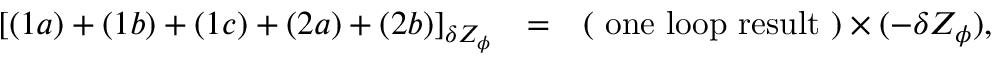
\begin{array} { r c l } { { [ ( 1 a ) + ( 1 b ) + ( 1 c ) + ( 2 a ) + ( 2 b ) ] _ { \delta Z _ { \phi } } } } & { { = } } & { { \displaystyle ( \mathrm { ~ o n e ~ l o o p ~ r e s u l t ~ } ) \times ( - \delta Z _ { \phi } ) , } } \end{array}